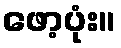
ဖော့ပုံး။